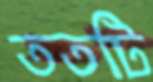
ততটি